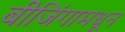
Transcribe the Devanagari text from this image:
बीजिंगामधून